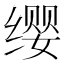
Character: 缨